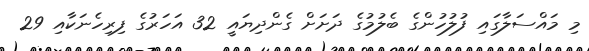
މި މައްސަލާގައި ފުލުހުންގެ ބެލުމުގެ ދަށަށް ގެންދިޔައީ 32 އަހަރުގެ ފިރިހެނަކާއި 29